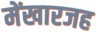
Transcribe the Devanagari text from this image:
मेंखारजह